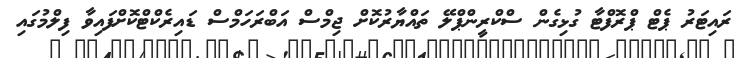
ރައިޓަރު ޕެޓް ޕްރޮފްޓާ ގުޅިގެން ސްކްރީންޕްލޭ ތައްޔާރުކޮށް ޖިމްސް އަބްރަހަމްސް ޑައިރެކްޓްކޮށްފައިވާ ފިލްމުގައި